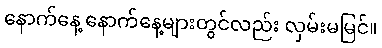
နောက်နေ့ နောက်နေ့များတွင်လည်း လှမ်းမမြင်။